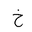
Letter: _kha